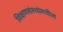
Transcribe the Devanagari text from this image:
शिक्षणसंस्थांमधील